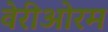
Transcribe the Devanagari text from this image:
वेरीओरम